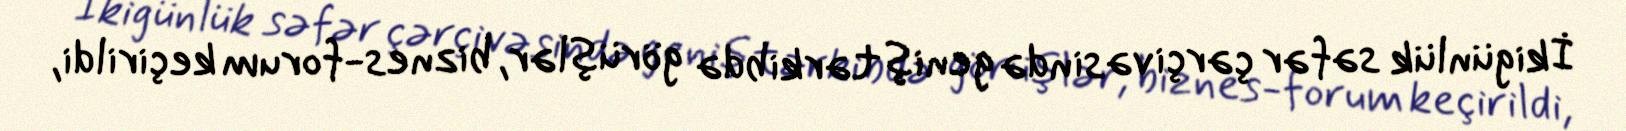
İkigünlük səfər çərçivəsində geniş tərkibdə görüşlər, biznes-forum keçirildi,